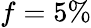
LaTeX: f=5\%